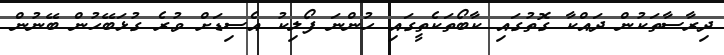
ދިރާސާތަކުން ދައްކާ ގޮތުގައި ކާބޯތަކެތީގައި ހުންނަ ފޯލިކު އެސިޑަށް ވުރެ ގުޅަބޭހުން ބޭނުން